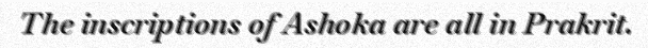
The inscriptions of Ashoka are all in Prakrit.